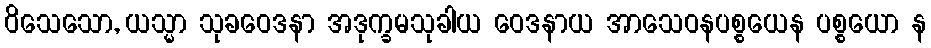
ဝိသေသော, ယသ္မာ သုခဝေဒနာ အဒုက္ခမသုခါယ ဝေဒနာယ အာသေဝနပစ္စယေန ပစ္စယော န